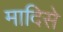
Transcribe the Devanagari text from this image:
मादिसे